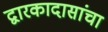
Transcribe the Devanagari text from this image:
द्वारकादासांचा